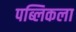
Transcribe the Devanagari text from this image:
पब्लिकला